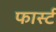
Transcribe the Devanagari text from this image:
फार्स्ट